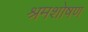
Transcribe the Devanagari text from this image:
श्रमशोषण